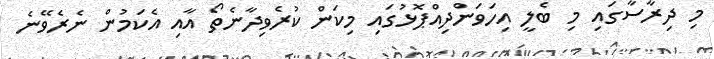
މި ދިރާސާގައި މި ބެލީ އިހަވަންދިއްޕޮޅުގައި މިކަން ކުރެވިދާނެތޯ އާއި އެކަމުން ނެރެވޭނެ